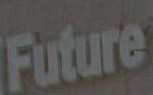
Future